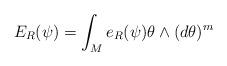
LaTeX: \begin{align*}E_R (\psi) = \int_M e_R (\psi) \theta \wedge (d \theta)^m\end{align*}